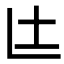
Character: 𮰙